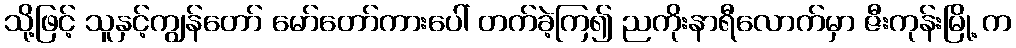
သို့ဖြင့် သူနှင့်ကျွန်တော် မော်တော်ကားပေါ် တက်ခဲ့ကြ၍ ညကိုးနာရီလောက်မှာ ဇီးကုန်းမြို့ က